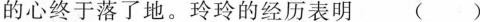
的心终于落了地。玲玲的经历表明 ( )